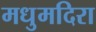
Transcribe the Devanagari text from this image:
मधुमदिरा